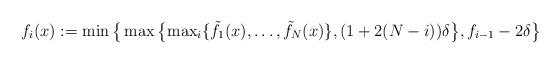
LaTeX: \begin{align*}f_{i}(x):=\min\big\{\max\big\{{\max}_{i}\{\tilde f_1(x),\ldots,\tilde f_N(x)\},(1+2(N-i))\delta\big\},f_{i-1}-2\delta\big\}\end{align*}